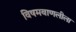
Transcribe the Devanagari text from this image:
विषमबाणलीला